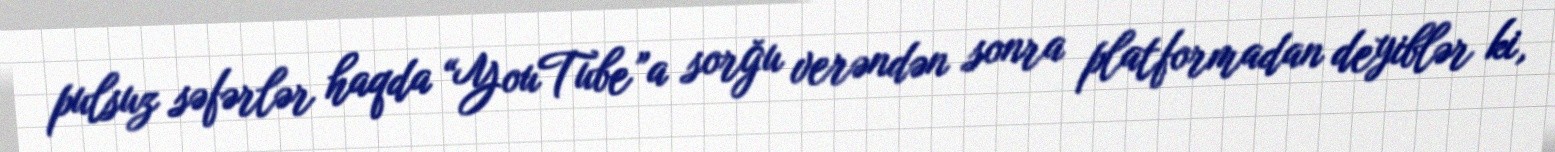
pulsuz səfərlər haqda “YouTube”a sorğu verəndən sonra platformadan deyiblər ki,